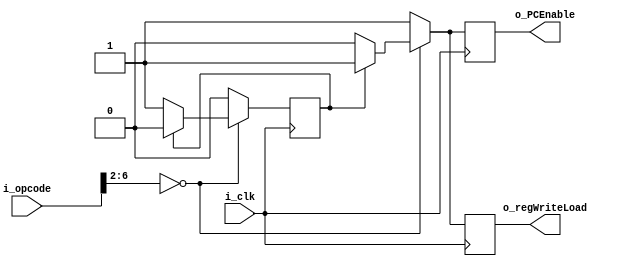
module load2Cycle (
  input i_clk,
  input [6:0] i_opcode,

  output reg o_PCEnable,
  output reg o_regWriteLoad = 1'b0
);
  reg r_loadCount = 1'b0;
  // reg r_prevLoad = 1'b0;

  always @(negedge i_clk) begin
  // always @(posedge i_clk, i_opcode) begin
    if (i_opcode[6:2] == 5'b00000) begin // Load type
      if (r_loadCount) begin
      // Load count
        // r_prevLoad      <= 1'b1;
        r_loadCount     <= 1'b0;
        o_PCEnable      <= 1'b1;
        o_regWriteLoad  <= 1'b1;
      end else begin
      // Load !count
        // r_prevLoad     <= 1'b1;
        r_loadCount     <= 1'b1;
        o_PCEnable      <= 1'b0;
        o_regWriteLoad  <= 1'b0;
      end
    end else begin
      // if (r_prevLoad) begin
      // notLoad prev (!count)
        // r_prevLoad     <= 1'b0;
        r_loadCount     <= 1'b0;
        o_PCEnable      <= 1'b1;
        o_regWriteLoad  <= 1'b1;
      // end else begin
      // notLoad !prev (!count)
        // r_prevLoad  <= 1'b0;
        // r_loadCount <= 1'b0;
        // o_PCEnable  <= 1'b1;
        // o_regWriteLoad <= 1'b1;
      // end
    end
  end
  
endmodule